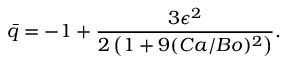
\bar { q } = - 1 + \frac { 3 \epsilon ^ { 2 } } { 2 \left( 1 + 9 ( C a / B o ) ^ { 2 } \right) } .